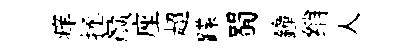
痒拯颜座超蹀蜀鐘绡人